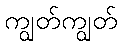
ကျွတ်ကျွတ်